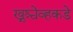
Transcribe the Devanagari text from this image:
ख्रुश्चेव्हकडे